Morphology and life history of Herpetomonas culicis, Novy, MacNeal and Torrey - Number 57
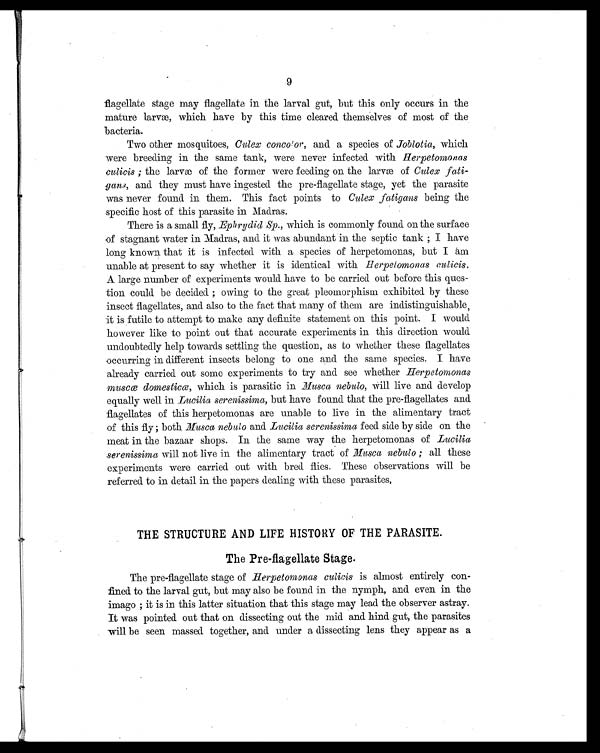
9
flagellate stage may flagellate in the larval gut, but this only occurs in the
mature larvæ, which have by this time cleared themselves of most of the
bacteria.
Two other mosquitoes, Culex concolor, and a species of Joblotia, which
were breeding in the same tank, were never infected with Herpetomonas
culicis ; the larvæ of the former were feeding on the larvæ of Culex
fatigans, and they must have ingested the pre-flagellate stage, yet the parasite
was never found in them. This fact points to Culex fatigans being the
specific host of this parasite in Madras.
There is a small fly, Ephrydid Sp., which is commonly found on the surface
of stagnant water in Madras, and it was abundant in the septic tank ; I have
long known that it is infected with a species of herpetomonas, but I am
unable at present to say whether it is identical with Herpetomonas culicis.
A large number of experiments would have to be carried out before this ques-
tion could be decided ; owing to the great pleomorphism exhibited by these
insect flagellates, and also to the fact that many of them are indistinguishable,
it is futile to attempt to make any definite statement on this point. I would
however like to point out that accurate experiments in this direction would
undoubtedly help towards settling the question, as to whether these flagellates
occurring in different insects belong to one and the same species. I have
already carried out some experiments to try and see whether Herpetomonas
muscæ domesticæ, which is parasitic in Musca nebulo, Will live and develop
equally well in Lucilia serenissima, but have found that the pre-flagellates and
flagellates of this herpetomonas are unable to live in the alimentary tract
of this fly ; both Musca nebulo and Lucilia serenissima feed side by side on the
meat in the bazaar shops. In the same way the herpetomonas of Lucilia
serenissima will not live in the alimentary tract of Musca nebulo ; all these
experiments were carried out with bred flies. These observations will be
referred to in detail in the papers dealing with these parasites.
THE STRUCTURE AND LIFE HISTORY OF THE PARASITE.
The Pre-flagellate Stage.
The pre-flagellate stage of Herpetomonas culicis is almost entirely con
f i n e d t o t h e l a r v a l g u t , b u t m a y a l s o b e f o u n d i n t h e n y m p h , a n d e v e n i n t h e
imago ; it is in this latter situation that this stage may lead the observer astray.
It was pointed out that on dissecting out the mid and hind gut, the parasites
will be seen massed together, and under a dissecting lens they appear as a